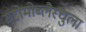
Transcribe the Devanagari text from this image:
स्टोमोब्लैस्चुला